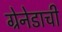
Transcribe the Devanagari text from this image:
ग्रेनेडाची